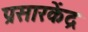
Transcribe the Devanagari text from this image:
प्रसारकेंद्र